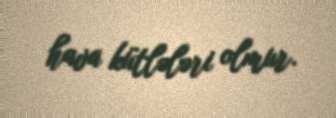
hava kütlələri olmur.